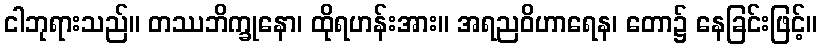
ငါဘုရားသည်။ တဿဘိက္ခုနော၊ ထိုရဟန်းအား။ အရညဝိဟာရေန၊ တော၌ နေခြင်းဖြင့်။